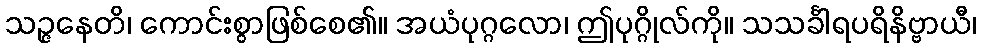
သဉ္ဇနေတိ၊ ကောင်းစွာဖြစ်စေ၏။ အယံပုဂ္ဂလော၊ ဤပုဂ္ဂိုလ်ကို။ သသင်္ခါရပရိနိဗ္ဗာယီ၊